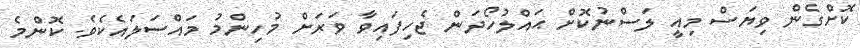
ކޮށްގެން ވިޔަސް މިއީ ލަސްނުކޮށް ޙައްލުހޯދަން ޖެހިފައިވާ ވަރަށް މުހިންމު މައްސަލައެކެވެ. ކޮންމެ